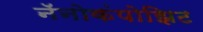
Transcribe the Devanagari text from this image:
नॅनोकंपोझिट